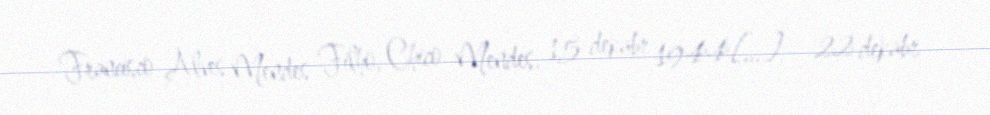
Francisco Alves Mendes Filho, Chico Mendes, 15 dekabr 1944[…] – 22 dekabr